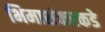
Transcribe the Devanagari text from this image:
भिमाशंकरकडे